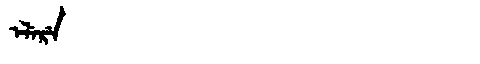
Manchu: ᡝᠯᡝᡵᡝ
Romanization: ELERE